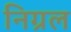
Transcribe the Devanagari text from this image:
निग्रल